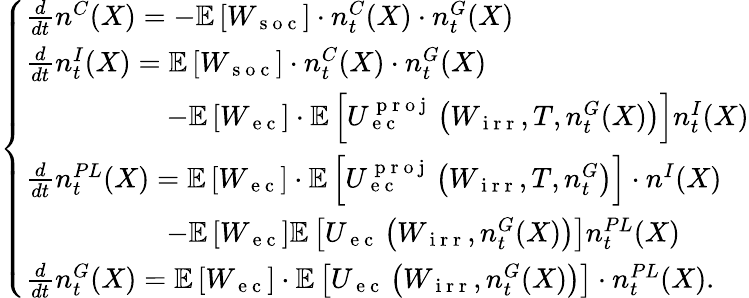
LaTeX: \left\{ \begin{array}{ll}{\frac{d}{dt}n^{C}(X)=-\mathbb{E}\left[W_{\mathrm{~s~o~c~}}\right]\cdot n_{t}^{C}(X)\cdot n_{t}^{G}(X)}\\ {\frac{d}{dt}n_{t}^{I}(X)=\mathbb{E}\left[W_{\mathrm{~s~o~c~}}\right]\cdot n_{t}^{C}(X)\cdot n_{t}^{G}(X)}\\ {\quad\quad\quad\quad\quad-\mathbb{E}\left[W_{\mathrm{~e~c~}}\right]\cdot\mathbb{E}\left[U_{\mathrm{~e~c~}}^{\mathrm{~p~r~o~j~}}\left(W_{\mathrm{~i~r~r~}},T,n_{t}^{G}(X)\right)\right]n_{t}^{I}(X)}\\ {\frac{d}{dt}n_{t}^{PL}(X)=\mathbb{E}\left[W_{\mathrm{~e~c~}}\right]\cdot\mathbb{E}\left[U_{\mathrm{~e~c~}}^{\mathrm{~p~r~o~j~}}\left(W_{\mathrm{~i~r~r~}},T,n_{t}^{G}\right)\right]\cdot n^{I}(X)}\\ {\quad\quad\quad\quad\quad-\mathbb{E}\left[W_{\mathrm{~e~c~}}\right]\mathbb{E}\left[U_{\mathrm{~e~c~}}\left(W_{\mathrm{~i~r~r~}},n_{t}^{G}(X)\right)\right]n_{t}^{PL}(X)}\\ {\frac{d}{dt}n_{t}^{G}(X)=\mathbb{E}\left[W_{\mathrm{~e~c~}}\right]\cdot\mathbb{E}\left[U_{\mathrm{~e~c~}}\left(W_{\mathrm{~i~r~r~}},n_{t}^{G}(X)\right)\right]\cdot n_{t}^{PL}(X).}\end{array}\right.